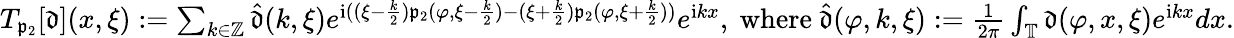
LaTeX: \begin{array}{r}{T_{\mathfrak{p}_{2}}[\mathfrak{d}](x,\xi):=\sum_{k\in\mathbb{Z}}\widehat{\mathfrak{d}}(k,\xi)e^{\mathrm{i}((\xi-\frac{k}{2})\mathfrak{p}_{2}(\varphi,\xi-\frac{k}{2})-(\xi+\frac{k}2)\mathfrak{p}_{2}(\varphi,\xi+\frac{k}2))}e^{\mathrm{i}kx},\mathrm{~where~}\widehat{\mathfrak{d}}(\varphi,k,\xi):=\frac{1}{2\pi}\int_{\mathbb{T}}\mathfrak{d}(\varphi,x,\xi)e^{\mathrm{i}kx}dx.}\end{array}